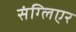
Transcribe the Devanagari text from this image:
संग्लिएर